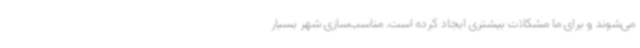
می‌شوند و برای ما مشکلات بیشتری ایجاد کرده است. مناسب‌سازی شهر بسیار